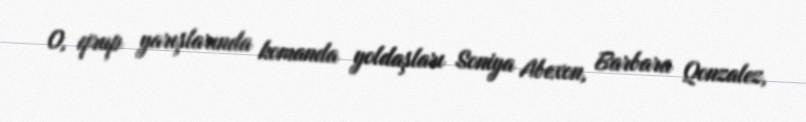
O, qrup yarışlarında komanda yoldaşları Soniya Abexon, Barbara Qonzalez,